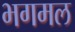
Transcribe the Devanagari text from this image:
भगमल